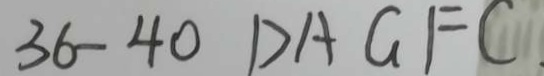
3 6 - 4 0 D A G F C .